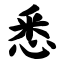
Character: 悉